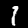
Digit: 1